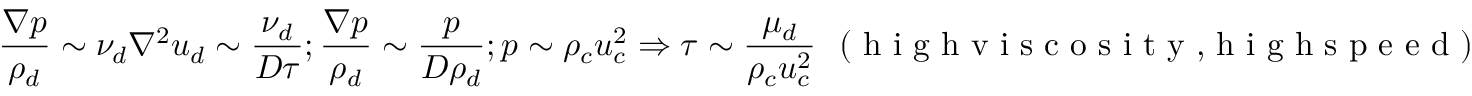
\frac { \nabla p } { \rho _ { d } } \sim \nu _ { d } \nabla ^ { 2 } u _ { d } \sim \frac { \nu _ { d } } { D \tau } ; \frac { \nabla p } { \rho _ { d } } \sim \frac { p } { D \rho _ { d } } ; p \sim \rho _ { c } u _ { c } ^ { 2 } \Rightarrow \tau \sim \frac { \mu _ { d } } { \rho _ { c } u _ { c } ^ { 2 } } ~ ~ ( \textrm { h i g h v i s c o s i t y , h i g h s p e e d } )